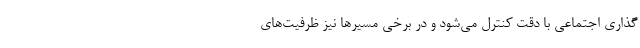
گذاری اجتماعی با دقت کنترل می‌شود و در برخی مسیر‌ها نیز ظرفیت‌های